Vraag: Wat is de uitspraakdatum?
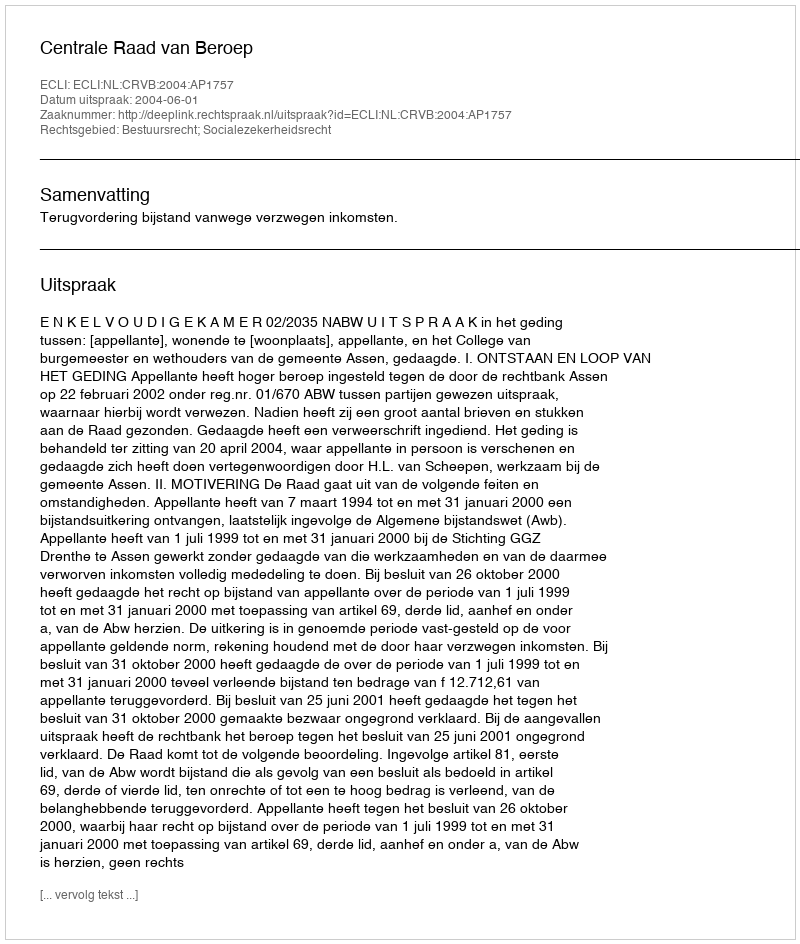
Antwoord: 2004-06-01